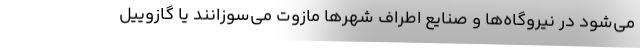
می‌شود در نیروگاه‌ها و صنایع اطراف شهرها مازوت می‌سوزانند یا گازوییل